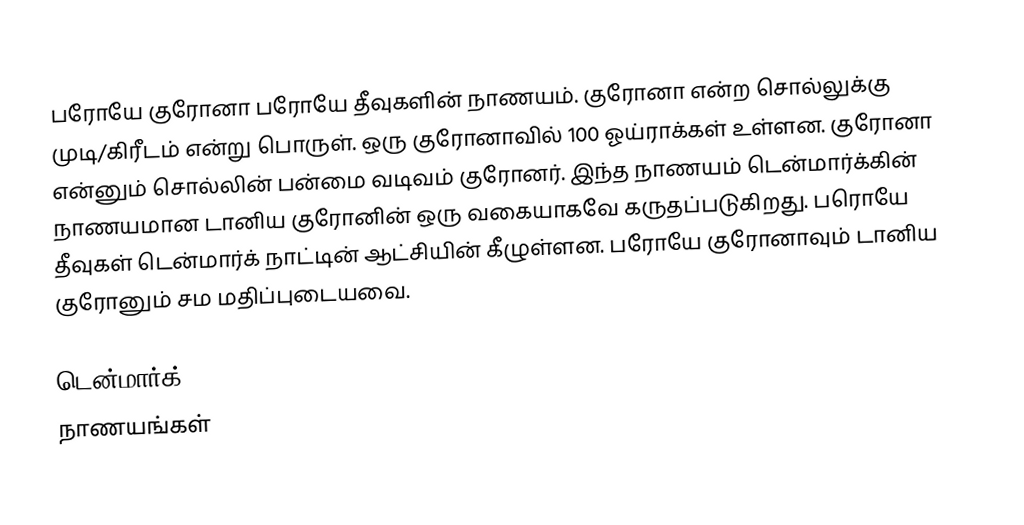
பரோயே குரோனா  பரோயே தீவுகளின் நாணயம்.  குரோனா என்ற சொல்லுக்கு முடி/கிரீடம் என்று பொருள். ஒரு குரோனாவில் 100 ஓய்ராக்கள் உள்ளன. குரோனா என்னும் சொல்லின் பன்மை வடிவம் குரோனர். இந்த நாணயம் டென்மார்க்கின் நாணயமான டானிய குரோனின் ஒரு வகையாகவே கருதப்படுகிறது. பரொயே தீவுகள் டென்மார்க் நாட்டின் ஆட்சியின் கீழுள்ளன. பரோயே குரோனாவும் டானிய குரோனும் சம மதிப்புடையவை.

டென்மார்க்
நாணயங்கள்